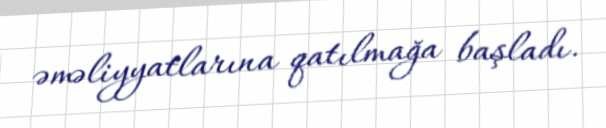
əməliyyatlarına qatılmağa başladı.